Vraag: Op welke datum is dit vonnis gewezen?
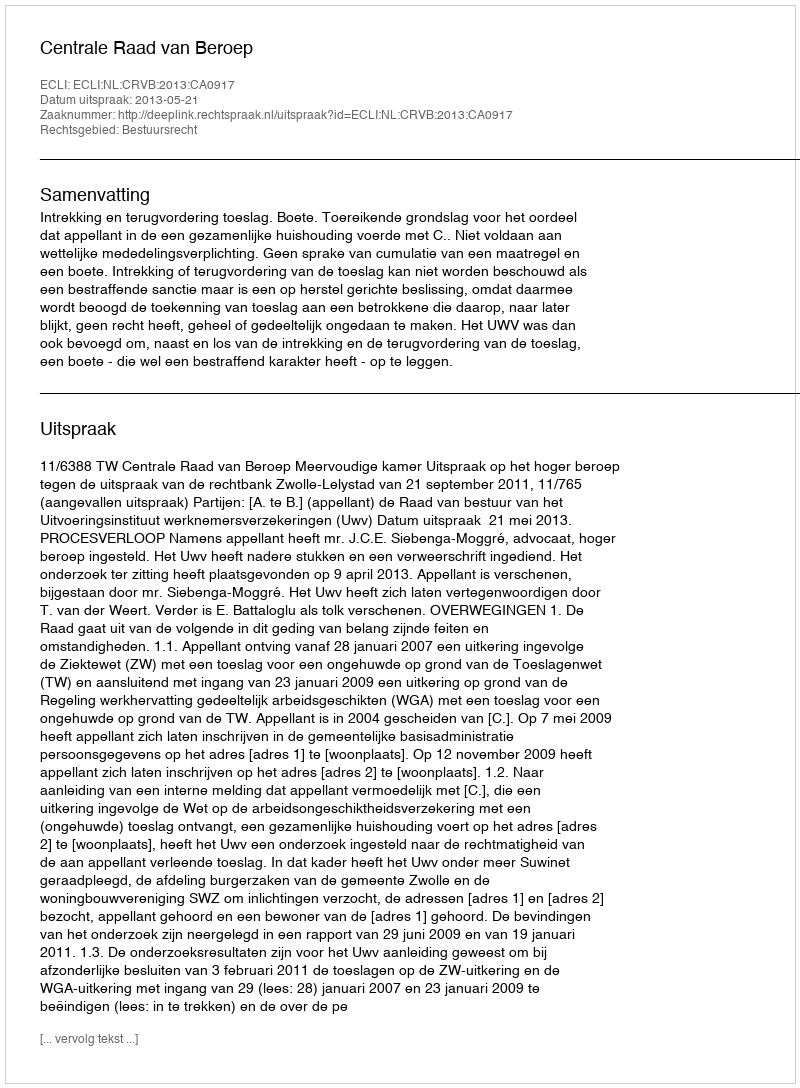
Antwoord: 2013-05-21